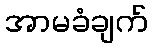
အာမခံချက်